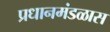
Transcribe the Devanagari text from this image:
प्रधानमंडळास